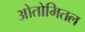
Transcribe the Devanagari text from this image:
ओतोमितल